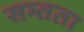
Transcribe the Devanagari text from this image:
सम्तता